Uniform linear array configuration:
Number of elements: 12
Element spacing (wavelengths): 1
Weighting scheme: hann
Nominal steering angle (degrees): -60
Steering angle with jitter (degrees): -60.342
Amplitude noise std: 0.05
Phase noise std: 0.05

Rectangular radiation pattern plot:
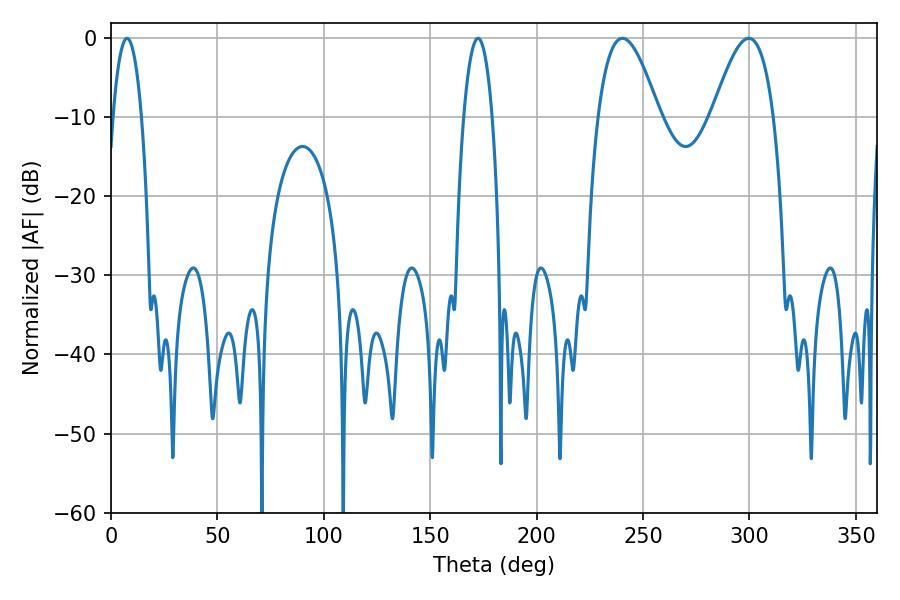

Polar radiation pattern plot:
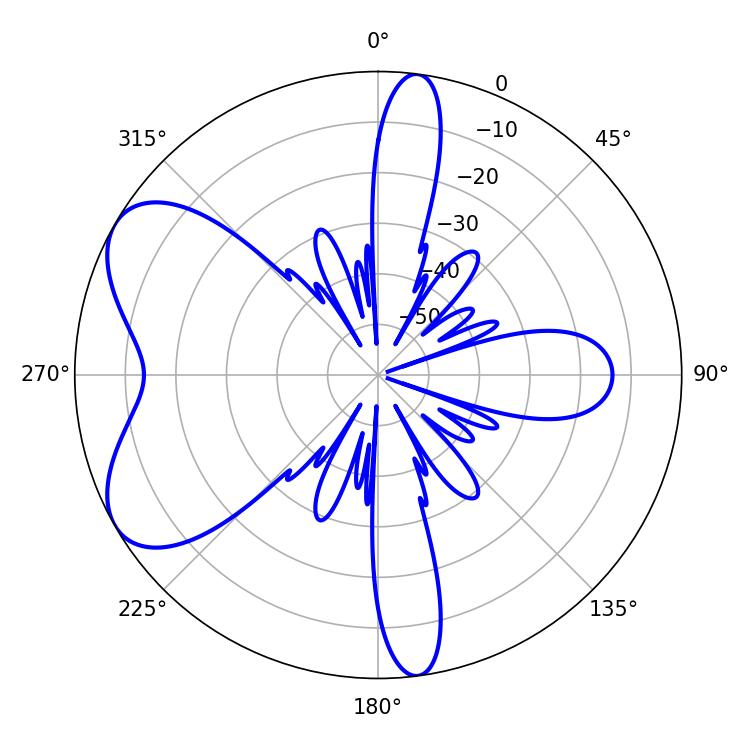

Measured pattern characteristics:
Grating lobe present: TRUE
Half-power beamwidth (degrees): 15.66
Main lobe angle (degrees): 240.3